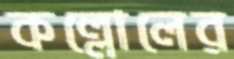
কল্লোলের